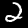
Label: 2